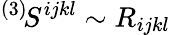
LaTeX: {}^{(3)}\! S^{ijkl}\sim R_{ijkl}